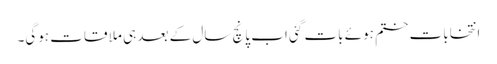
انتخابات ختم ہوئے بات گئی اب پانچ سال کے بعد ہی ملا قات ہوگی۔